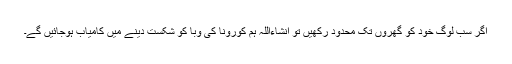
اگر سب لوگ خود کو گھروں تک محدود رکھیں تو انشاءاللہ ہم کورونا کی وبا کو شکست دینے میں کامیاب ہوجائیں گے۔